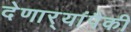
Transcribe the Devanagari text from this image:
देणार्‍यांपैकी